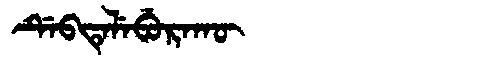
Manchu: ᡩᡝᠪᡨᡝᠯᡝᠪᡠᡵᠠᡴᡡ
Romanization: DEBTELEBURAKŪ